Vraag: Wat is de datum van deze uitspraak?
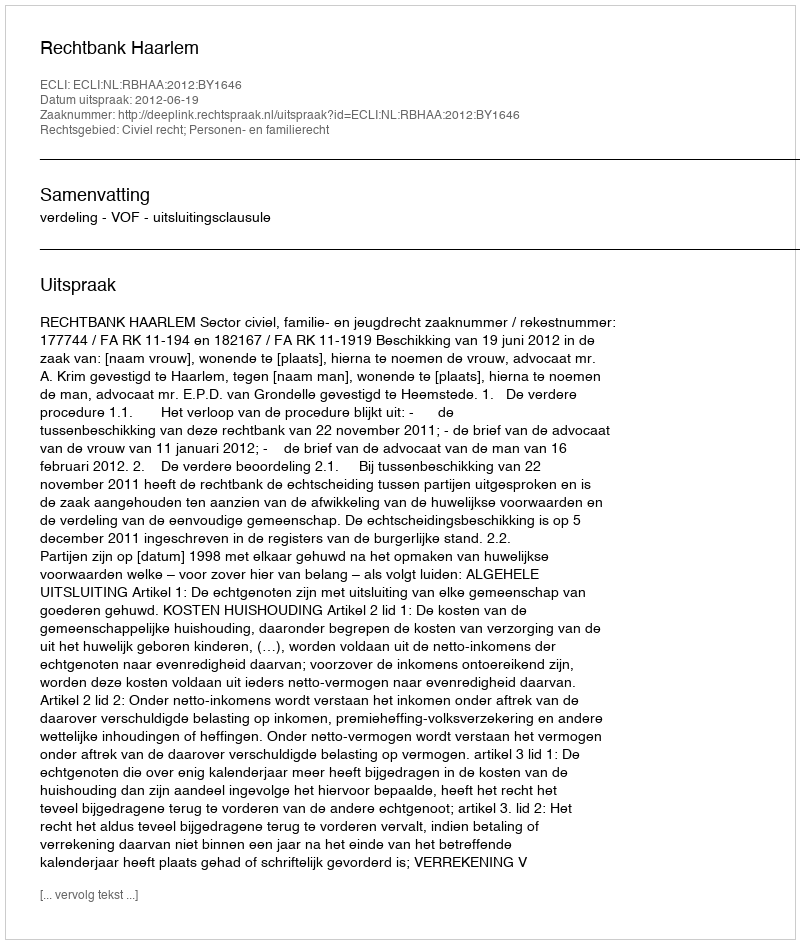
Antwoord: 2012-06-19